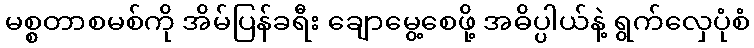
မစ္စတာစမစ်ကို အိမ်ပြန်ခရီး ချောမွေ့စေဖို့ အဓိပ္ပါယ်နဲ့ ရွက်လှေပုံစံ